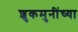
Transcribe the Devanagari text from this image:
शुकमुनींच्या